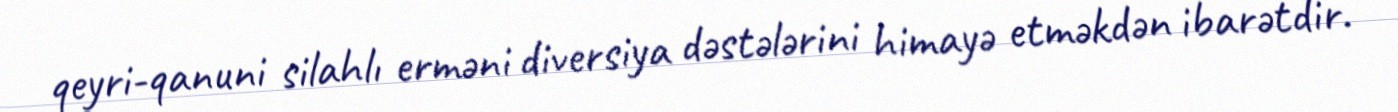
qeyri-qanuni silahlı erməni diversiya dəstələrini himayə etməkdən ibarətdir.